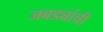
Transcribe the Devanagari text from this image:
जबड्यांची